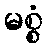
မစ္စံ